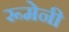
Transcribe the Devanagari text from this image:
रूमेनी